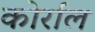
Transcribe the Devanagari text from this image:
कोर्राल